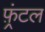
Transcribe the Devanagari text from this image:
फ़्रंटल